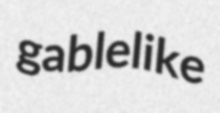
gablelike